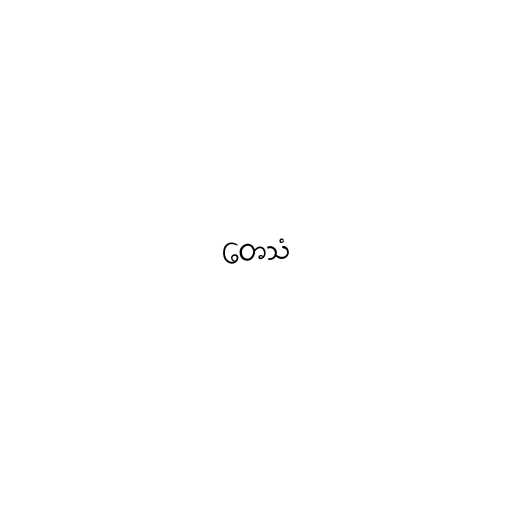
တေသံ